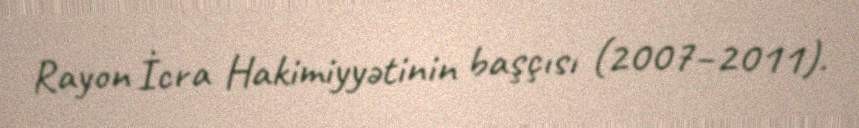
Rayon İcra Hakimiyyətinin başçısı (2007–2011).